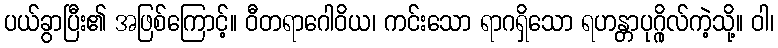
ပယ်ခွာပြီး၏ အဖြစ်ကြောင့်။ ဝီတရာဂေါဝိယ၊ ကင်းသော ရာဂရှိသော ရဟန္တာပုဂ္ဂိုလ်ကဲ့သို့။ ဝါ၊